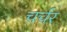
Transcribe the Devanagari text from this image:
चर्चर